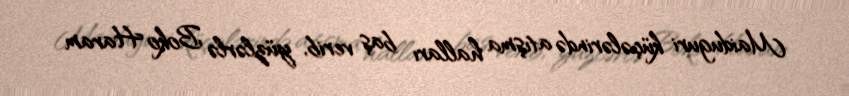
Maiduguri küçələrində atışma halları baş verib, yüzlərlə Boko Haram